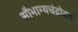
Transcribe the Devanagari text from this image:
सौभाग्यचंद्रोदय